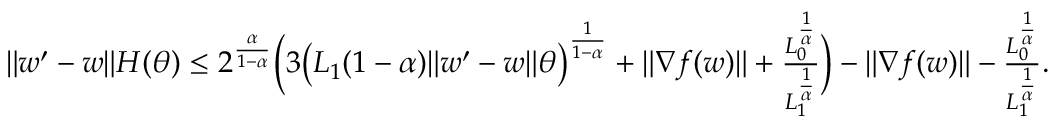
\begin{array} { r } { \| w ^ { \prime } - w \| H ( \theta ) \le 2 ^ { \frac { \alpha } { 1 - \alpha } } \Big ( 3 \big ( L _ { 1 } ( 1 - \alpha ) \| w ^ { \prime } - w \| \theta \big ) ^ { \frac { 1 } { 1 - \alpha } } + \| \nabla f ( w ) \| + \frac { L _ { 0 } ^ { \frac { 1 } { \alpha } } } { L _ { 1 } ^ { \frac { 1 } { \alpha } } } \Big ) - \| \nabla f ( w ) \| - \frac { L _ { 0 } ^ { \frac { 1 } { \alpha } } } { L _ { 1 } ^ { \frac { 1 } { \alpha } } } . } \end{array}